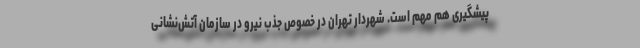
پیشگیری هم مهم است. شهردار تهران در خصوص جذب نیرو در سازمان آتش‌نشانی